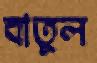
বাতুল